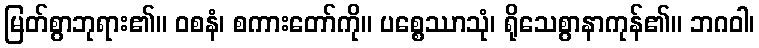
မြတ်စွာဘုရား၏။ ဝစနံ၊ စကားတော်ကို။ ပစ္စေဿာသုံ၊ ရိုသေစွာနာကုန်၏။ ဘဂဝါ၊